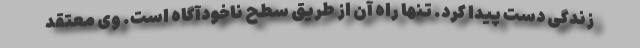
زندگی دست پیدا کرد. تنها راه آن از طریق سطح ناخودآگاه است. وی معتقد